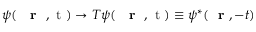
\psi ( \mathrm { ~ { ~ \bf ~ r ~ } ~ , ~ t ~ } ) \to T \psi ( \mathrm { ~ { ~ \bf ~ r ~ } ~ , ~ t ~ } ) \equiv \psi ^ { * } ( \mathrm { ~ \bf ~ r ~ } , - t )